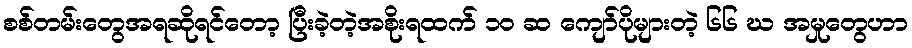
စစ်တမ်းတွေအရဆိုရင်တော့ ပြီးခဲ့တဲ့အစိုးရထက် ၁၀ ဆ ကျော်ပိုများတဲ့ ၆၆ ဃ အမှုတွေဟာ